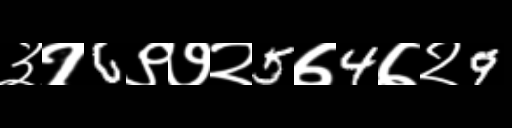
Text: ३१6९७२5७4७२9